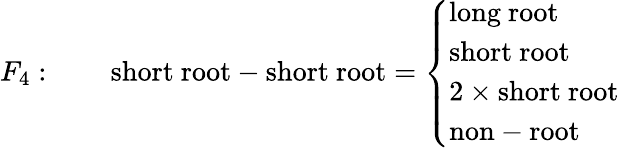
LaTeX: F_{4}:\qquad\mathrm{short~root}-\mathrm{short~root}=\left\{ \begin{array}{l}{{\mathrm{long~root}}}\\ {{\mathrm{short~root}}}\\ {{2\times\mathrm{short~root}}}\\ {{\mathrm{non-root}}}\end{array}\right.